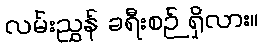
လမ်းညွှန် ခရီးစဉ် ရှိလား။